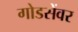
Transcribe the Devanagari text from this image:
गोडसेंवर